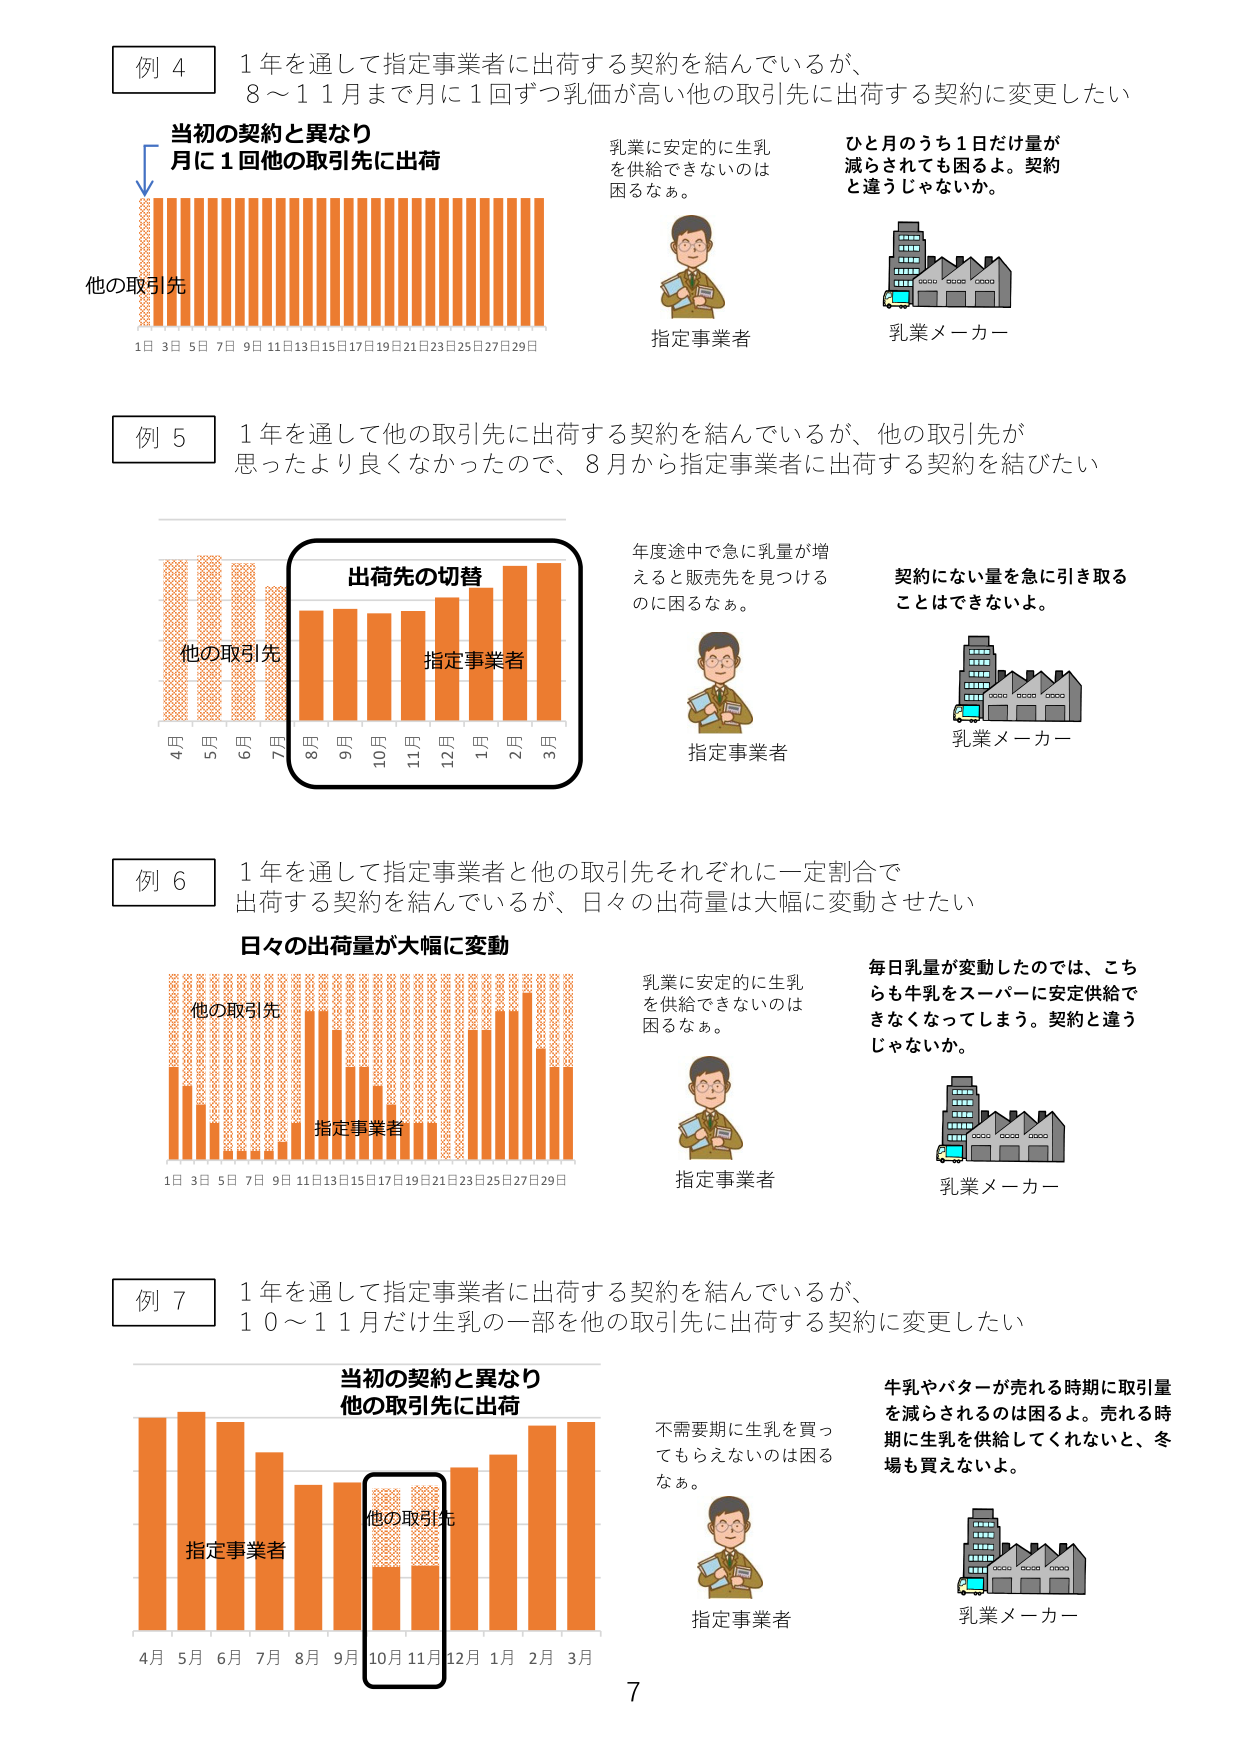
例 4
1 年を通じて指定事業者に出荷する契約を結んでいるが、
8～11月まで月に1回ずつ乳価が高い他の取引先に出荷する契約に変更したい

当初の契約と異なり
月に1回他の取引先に出荷

他の取引先
1日 3日 5日 7日 9日 11日 13日 15日 17日 19日 21日 23日 25日 27日 29日

乳業に安定的に生乳を供給できないのは困るなぁ。
指定事業者

ひと月のうち1日だけ量が減らされても困るよ。契約と違うじゃないか。
乳業メーカー

例 5
1 年を通じて他の取引先に出荷する契約を結んでいるが、他の取引先が思ったより良くなかったので、8月から指定事業者に出荷する契約を結びたい

出荷先の切替
他の取引先
指定事業者
4月 5月 6月 7月 8月 9月 10月 11月 12月 1月 2月 3月

年度途中で急に乳量が増えると販売先を見つけるのに困るなぁ。
指定事業者

契約にない量を急に引き取ることはできないよ。
乳業メーカー

例 6
1 年を通じて指定事業者と他の取引先それぞれに一定割合で出荷する契約を結んでいるが、日々の出荷量は大幅に変動させたい

日々の出荷量が大幅に変動
他の取引先
指定事業者
1日 3日 5日 7日 9日 11日 13日 15日 17日 19日 21日 23日 25日 27日 29日

乳業に安定的に生乳を供給できないのは困るなぁ。
指定事業者

毎日乳量が変動したのでは、こちらも牛乳をスーパーに安定供給できなくなってしまう。契約と違うじゃないか。
乳業メーカー

例 7
1 年を通じて指定事業者に出荷する契約を結んでいるが、10～11月だけ生乳の一部を他の取引先に出荷する契約に変更したい

当初の契約と異なり
他の取引先に出荷

指定事業者
他の取引先
4月 5月 6月 7月 8月 9月 10月 11月 12月 1月 2月 3月

不需要期に生乳を買ってもらえないのは困るなぁ。
指定事業者

牛乳やバターが売れる時期に取引量を減らされるのは困るよ。売れる時期に生乳を供給してくれないと、冬場も買えないよ。
乳業メーカー

7